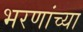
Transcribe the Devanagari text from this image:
भरणांच्या